Vaccination United Provinces of Agra and Oudh 1902-1913 - 1902-1913
Year: 1902
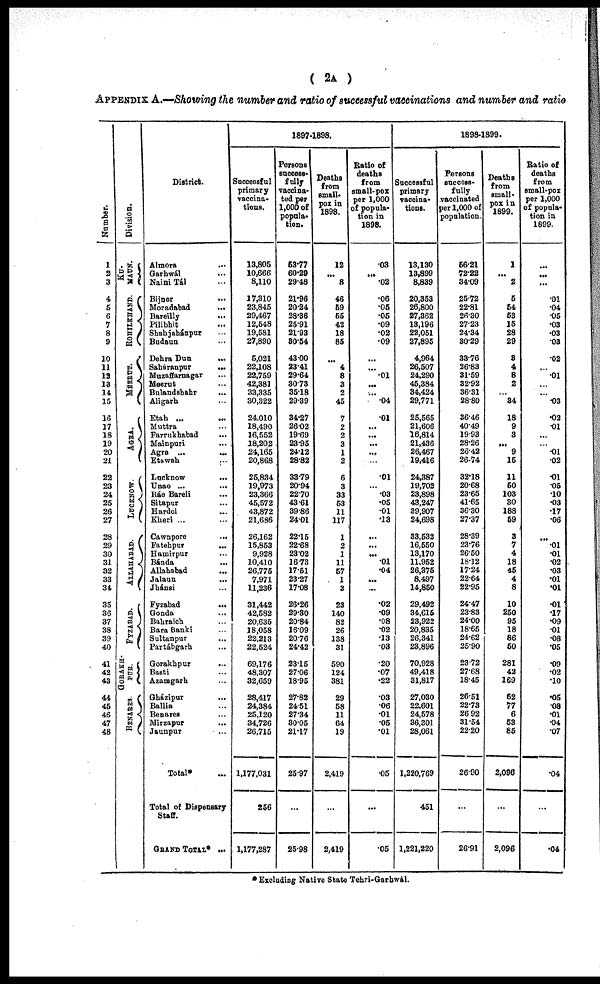
( 2A )
APPENDIX A.—Showing the number and ratio of successful vaccinations and number and ratio
Number.
1
2
3
4
5
6
7
8
9
10
11
12
13
14
15
16
17
18
19
20
21
22
23
24
25
26
27
28
29
30
31
32
33
34
35
36
37
38
39
40
41
42
43
44
45
46
47
48
Division.
KU¬
MAUN.
ROHILKHAND.
MEERUT.
AGRA.
LUCKNOW.
ALLAHABAD.
FYZABAD.
GORAKH¬
PUR.
BENARES.
District.
Almora ...
Garhwál ...
Naini Tál ...
Bijnor ...
Moradabad ...
Bareilly
...
Pilibhit ...
Shahjahánpur ...
Budaun ...
Dehra Dun ...
Saháranpur
...
Muzaffarnagar ...
Meerut ...
Bulandshahr ...
Aligarh ...
Etah ...
...
Muttra ...
Farrukhabad ...
Mainpuri ...
Agra ... ...
Etawah ...
Lucknow
...
Unao ... ...
Ráe Bareli ...
Sitapur ...
Hardoi ...
Kheri ...
Cawnpore
...
Fatehpur
...
Hamirpur ...
Bánda ...
Allahabad ...
Jalaun ...
Jhánsi ...
Fyzabad
...
Gonda ...
Bahraich ...
Bara Banki ...
Sultanpur ...
Partábgarh ...
Gorakhpur ...
Basti ...
Azamgarh ...
Gházipur ...
Ballia ...
Benares ...
Mirzapur ...
Jaunpur ...
Total* ...
Total of Dispensary
Staff.
GRAND TOTAL* ...
1897-1898.
Successful
primary
vaccina-
tions.
13,805
10,666
8,110
17,310
23,845
29,467
12,548
19,581
27,890
5,021
22,108
22,759
42,381
33,335
30,322
24,010
18,490
16,552
18,202
24,165
20,868
25,834
19,973
23,366
45,572
43,872
21,686
26,162
15,853
9,928
10,410
26,775
7,971
11,236
31,442
42,582
20,635
18,058
22,213
22,524
69,176
48,307
32,659
28,417
24,384
25,120
34,726
26,715
1,177,031
256
1,177,287
Persons
success-
fully
vaccina-
ted per
1,000 of
popula-
tion.
53.77
60.29
29.48
21.96
20.24
28.36
25.91
21.93
30.54
43.00
23.41
29.64
30.73
35.18
29.39
34.27
26.02
19.69
23.95
24.12
28.82
33.79
20.94
22.70
43.61
39.86
24.01
22.15
22.68
23.02
16.73
17.51
23.27
17.08
26.26
29.30
20.84
16.09
20.76
24.42
23.15
27.06
18.95
27.82
24.51
27.34
30.05
21.17
25.97
...
25.98
Deaths
from
small-
pox in
1898.
12
...
8
46
59
55
42
18
85
4
8
3
2
45
7
2
2
3
1
2
6
3
33
53
11
117
1
2
1
11
57
1
3
23
140
82
26
138
31
590
124
381
29
58
11
64
19
2,419
2,419
Ratio of
deaths
from
small-pox
per 1,000
of popula-
tion in
1898.
.03
...
.02
.06
.05
.05
.09
.02
.09
...
...
.01
...
...
.04
.01
...
...
...
...
.01
...
.03
.05
.01
.13
...
...
...
.01
.04
...
...
.02
.09
.08
.02
.13
.03
.20
.07
.22
.03
.06
.01
.05
.01
.05
...
.05
1898-1899.
Successful
primary
vaccina-
tions.
13,130
13,899
8,839
20,353
26,800
27,362
13,196
22,051
27,895
4,964
26,507
24,290
45,384
34,424
29,771
25,565
21,606
16,814
21,436
26,467
19,416
24,387
19,702
23,898
43,247
39,907
24,698
33,532
16,550
13,170
11,952
26,375
8,497
14,850
29,492
34,615
23,922
20,835
26,341
23,896
70,928
49,418
31,817
27,030
22,601
24,578
36,301
28,061
1,220,769
451
1,221,220
Persons
success-
fully
vaccinated
per 1,000 of
population.
5..21
72.22
34.09
25.72
22.81
26.30
27.23
24.34
30.29
33.76
26.83
31.59
32.92
36.31
28.80
36.46
40.49
19.93
28.26
26.42
26.74
32.18
20.68
23.65
41.65
36.30
27.37
28.39
23.76
26.50
18.12
17.24
22.64
22.95
24.47
23.83
24.00
18.65
24.62
25.90
23.72
27.68
18.45
26.51
22.73
26.92
31.54
22.20
26.90
...
26.91
Deaths
from
small-
pox in
1899.
1
...
2
5
54
53
15
28
29
3
4
8
2
...
34
18
9
3
...
9
15
11
50
103
30
188
59
3
7
4
18
45
4
8
10
250
95
18
86
50
281
42
169
52
77
6
53
85
2,096
...
2,096
Ratio of
deaths
from
small-pox
per 1,000
of popula-
tion in
1899.
...
.01
.04
.05
.03
.03
.03
.02
.01
...
.03
.02
.01
...
.01
.02
.01
.05
.10
.03
.17
.06
.01
.01
.02
.03
.01
.01
.01
.17
.09
.01
.08
.05
.09
.02
.10
.05
.08
.01
.04
.07
.04
...
.04
* Excluding Native State Tehri-Garhwál.